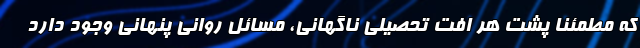
که مطمئنا پشت هر افت تحصیلی ناگهانی، مسائل روانی پنهانی وجود دارد